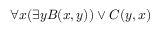
\forall x ( \exists y B ( x , y ) ) \vee C ( y , x )